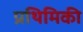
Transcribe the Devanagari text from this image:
प्रथिमिकी